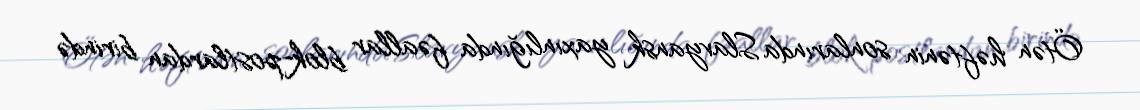
Ötən həftənin sonlarında Slavyansk yaxınlığında fəallar blok-postlardan birində